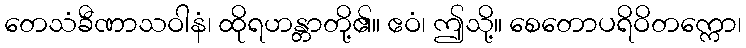
တေသံခီဏာသဝါနံ၊ ထိုရဟန္တာတို့၏။ ဧဝံ၊ ဤသို့။ စေတောပရိဝိတက္ကော၊